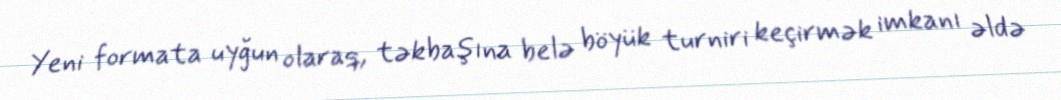
Yeni formata uyğun olaraq, təkbaşına belə böyük turniri keçirmək imkanı əldə